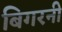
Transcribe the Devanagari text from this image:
बिगरनी